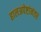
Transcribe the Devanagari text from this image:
हालअपेष्टांनंतर